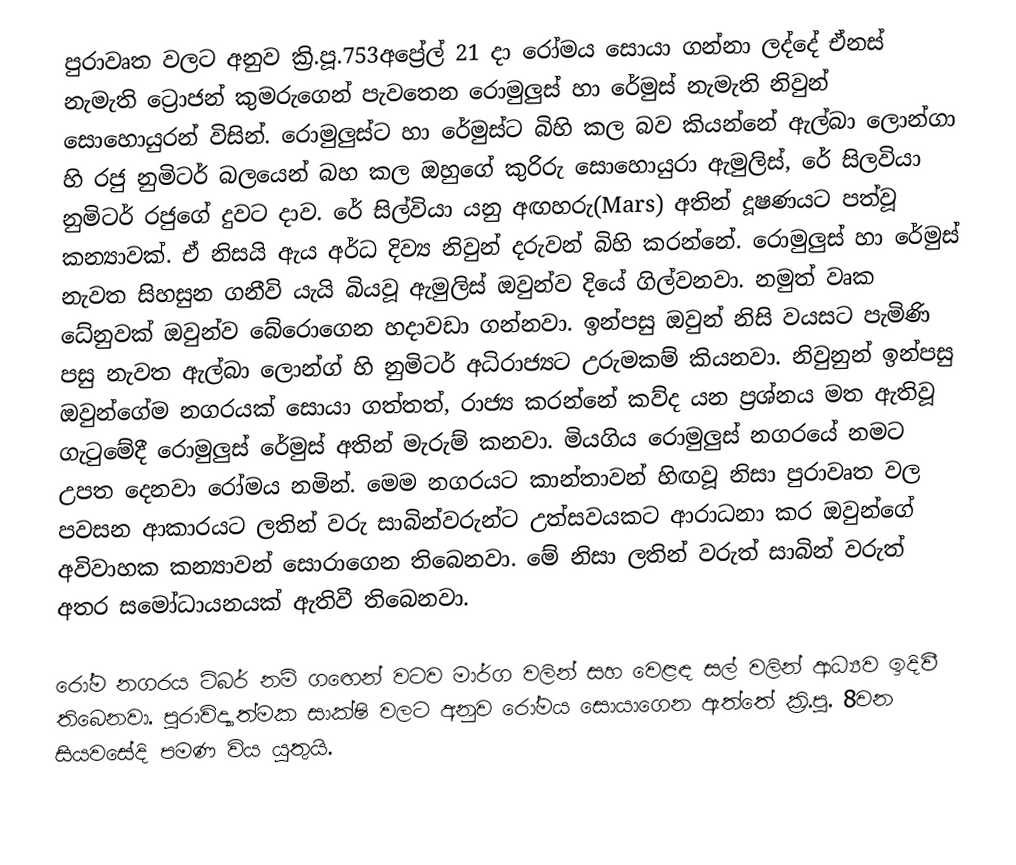
පුරාවෘත වලට අනුව ක්‍රි.පූ.753අප්‍රේල් 21 දා රෝමය සොයා ගන්නා ලද්දේ ඒනස් නැමැති ට්‍රොජන් කුමරුගෙන් පැවතෙන රොමුලුස් හා රේමුස් නැමැති නිවුන් සොහොයුරන් විසින්. රොමුලුස්ට හා රේමුස්ට බිහි කල බව කියන්නේ ඇල්බා ලොන්ගා හි රජු නුමිටර් බලයෙන් බහ කල ඔහුගේ කුරිරු සොහොයුරා ඇමුලිස්, රේ සිලවියා නුමිටර් රජුගේ දුවට දාව. රේ සිල්වියා යනු අඟහරු(Mars) අතින් දූෂණයට පත්වූ කන්‍යාවක්. ඒ නිසයි ඇය අර්ධ දිව්‍ය නිවුන් දරුවන් බිහි කරන්නේ. රොමුලුස් හා රේමුස් නැවත සිහසුන ගනීවි යැයි බියවූ ඇමුලිස් ඔවුන්ව දියේ ගිල්වනවා. නමුත් වෘක ධේනුවක් ඔවුන්ව බේරොගෙන හදාවඩා ගන්නවා. ඉන්පසු ඔවුන් නිසි වයසට පැමිණි පසු නැවත ඇල්බා ලොන්ග් හි නුමිටර් අධිරාජ්‍යට උරුමකම් කියනවා. නිවුනුන් ඉන්පසු ඔවුන්ගේම නගරයක් සොයා ගත්තත්, රාජ්‍ය කරන්නේ කව්ද යන ප්‍රශ්නය මත ඇතිවූ ගැටුමේදී රොමුලුස් රේමුස් අතින් මැරුම් කනවා. මියගිය රොමුලුස් නගරයේ නමට උපත දෙනවා රෝමය නමින්. මෙම නගරයට කාන්තාවන් හිඟවූ නිසා පුරාවෘත වල පවසන ආකාරයට ලතින් වරු සාබින්වරුන්ට උත්සවයකට ආරාධනා කර ඔවුන්ගේ අවිවාහක කන්‍යාවන් සොරාගෙන තිබෙනවා. මේ නිසා ලතින් වරුත් සාබින් වරුත් අතර සමෝධායනයක් ඇතිවී තිබෙනවා.

රෝම නගරය ටිබර් නම් ගඟෙන් වටව මාර්ග වලින් සහ වෙළඳ සල් වලින් ආධ්‍යව ඉදිවී තිබෙනවා. පුරාවිද්‍යාත්මක සාක්ෂි වලට අනුව රෝමය සොයාගෙන ඇත්තේ ක්‍රි.පූ. 8වන සියවසේදි පමණ විය යුතුයි.